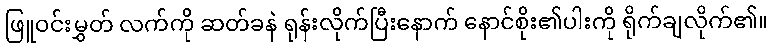
ဖြူဝင်းမွှတ် လက်ကို ဆတ်ခနဲ ရုန်းလိုက်ပြီးနောက် နောင်စိုး၏ပါးကို ရိုက်ချလိုက်၏။